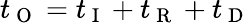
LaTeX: t_{\mathrm{~O~}}=t_{\mathrm{~I~}}+t_{\mathrm{~R~}}+t_{\mathrm{~D~}}